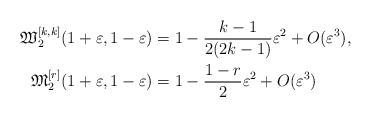
\begin{align*}\mathfrak{W}_2^{[k,k]}(1+\varepsilon,1-\varepsilon) & = 1 - \frac{k-1}{2(2k-1)}\varepsilon^2 + O(\varepsilon^3), \\\mathfrak{M}_2^{[r]}(1+\varepsilon,1-\varepsilon) & = 1 - \frac{1-r}{2}\varepsilon^2 + O(\varepsilon^3)\end{align*}